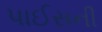
પાઈસની